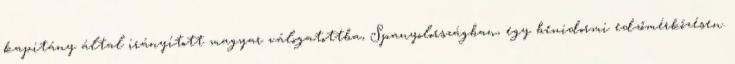
kapitány által irányított magyar válogatottba, Spanyolországban, egy benidormi edzőmérkőzésen.